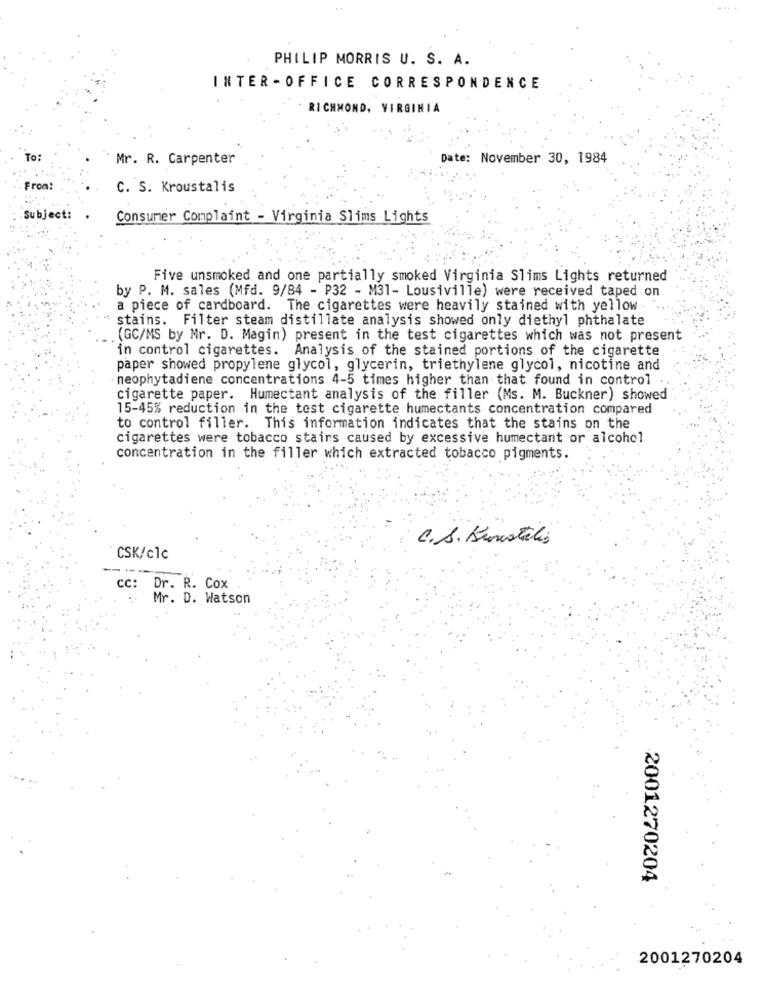
PHILIP MORRIS U. S. A.
INTER -OFFICE CORRESPONDENCE
RICHMOND, VIRGINIA
To:
Mr. R. Carpenter
Date: November 30, 1984
From:
C. S. Kroustalis
Subject:
Consumer Complaint - Virginia Slims Lights
Five unsmoked and one partially smoked Virginia Slims Lights returned
by P. M. sales (Mfd. 9/84 - P32 - M31- Lousiville) were received taped on
a piece of cardboard. The cigarettes were heavily stained with yellow
stains. Filter steam distillate analysis showed only diethyl phthalate
(GC/MS by Mr. D. Magin) present in the test cigarettes which was not present
in control cigarettes. Analysis of the stained portions of the cigarette
paper showed propylene glycol, glycerin, triethylene glycol, nicotine and
neophytadiene concentrations 4-5 times higher than that found in control .
cigarette paper. Humectant analysis of the filler (Ms. M. Buckner) showed
15-45% reduction in the test cigarette humectants concentration compared
to control filler. This information indicates that the stains on the
cigarettes were tobacco stairs caused by excessive humectant or alcohol
concentration in the filler which extracted tobacco pigments.
C. S. Kunstalis
CSK/clc
cc:
Dr. R. Cox
Mr. D. Watson
2001270204
2001270204